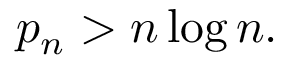
p _ { n } > n \log n .